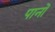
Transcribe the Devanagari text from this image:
पानों